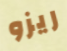
ريزو